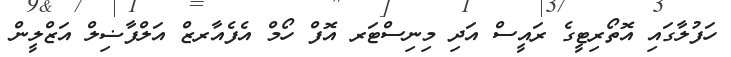
ހަފުލާގައި އޮތޯރިޓީގެ ރައީސް އަދި މިނިސްޓަރ އޮފް ހޯމް އެފެއާރޒް އަލްފާޟިލް އަޒްލީން